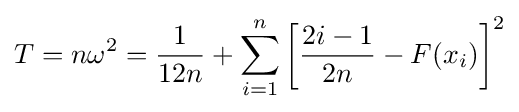
T=n\omega ^{2}={\frac {1}{12n}}+\sum _{i=1}^{n}\left[{\frac {2i-1}{2n}}-F(x_{i})\right]^{2}